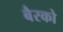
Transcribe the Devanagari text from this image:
बैरको